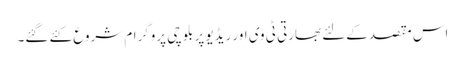
اس مقصد کےلئے بھارتی ٹی وی اور ریڈیو پر بلوچی پروگرام شروع کئے گئے۔